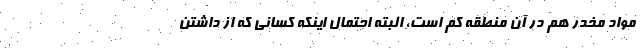
مواد مخدر هم در آن منطقه کم است، البته احتمال اینکه کسانی که از داشتن